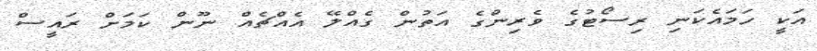
އަކީ ހަމައެކަނި ރިސޯޓުގެ ވެރިންގެ އަތުން ގެއްލޭ އެއްޗެއް ނޫން ކަމަށް ރައީސް